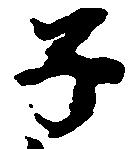
子